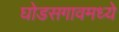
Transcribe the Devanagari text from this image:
घोडसगावमध्ये